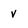
Character: v